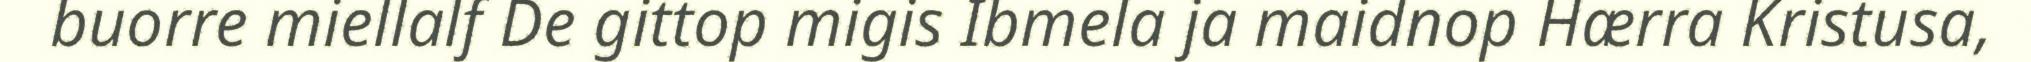
buorre miellalf De gittop migis Ibmela ja maidnop Hærra Kristusa,